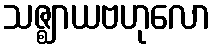
သဇ္ဈာယဗဟုလော